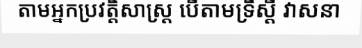
តាមអ្នកប្រវត្តិសាស្ត្រ បើតាមទ្រឹស្តី វាសនា